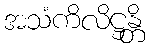
အသံကိလိဋ္ဌန္တိ